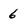
Character: 6